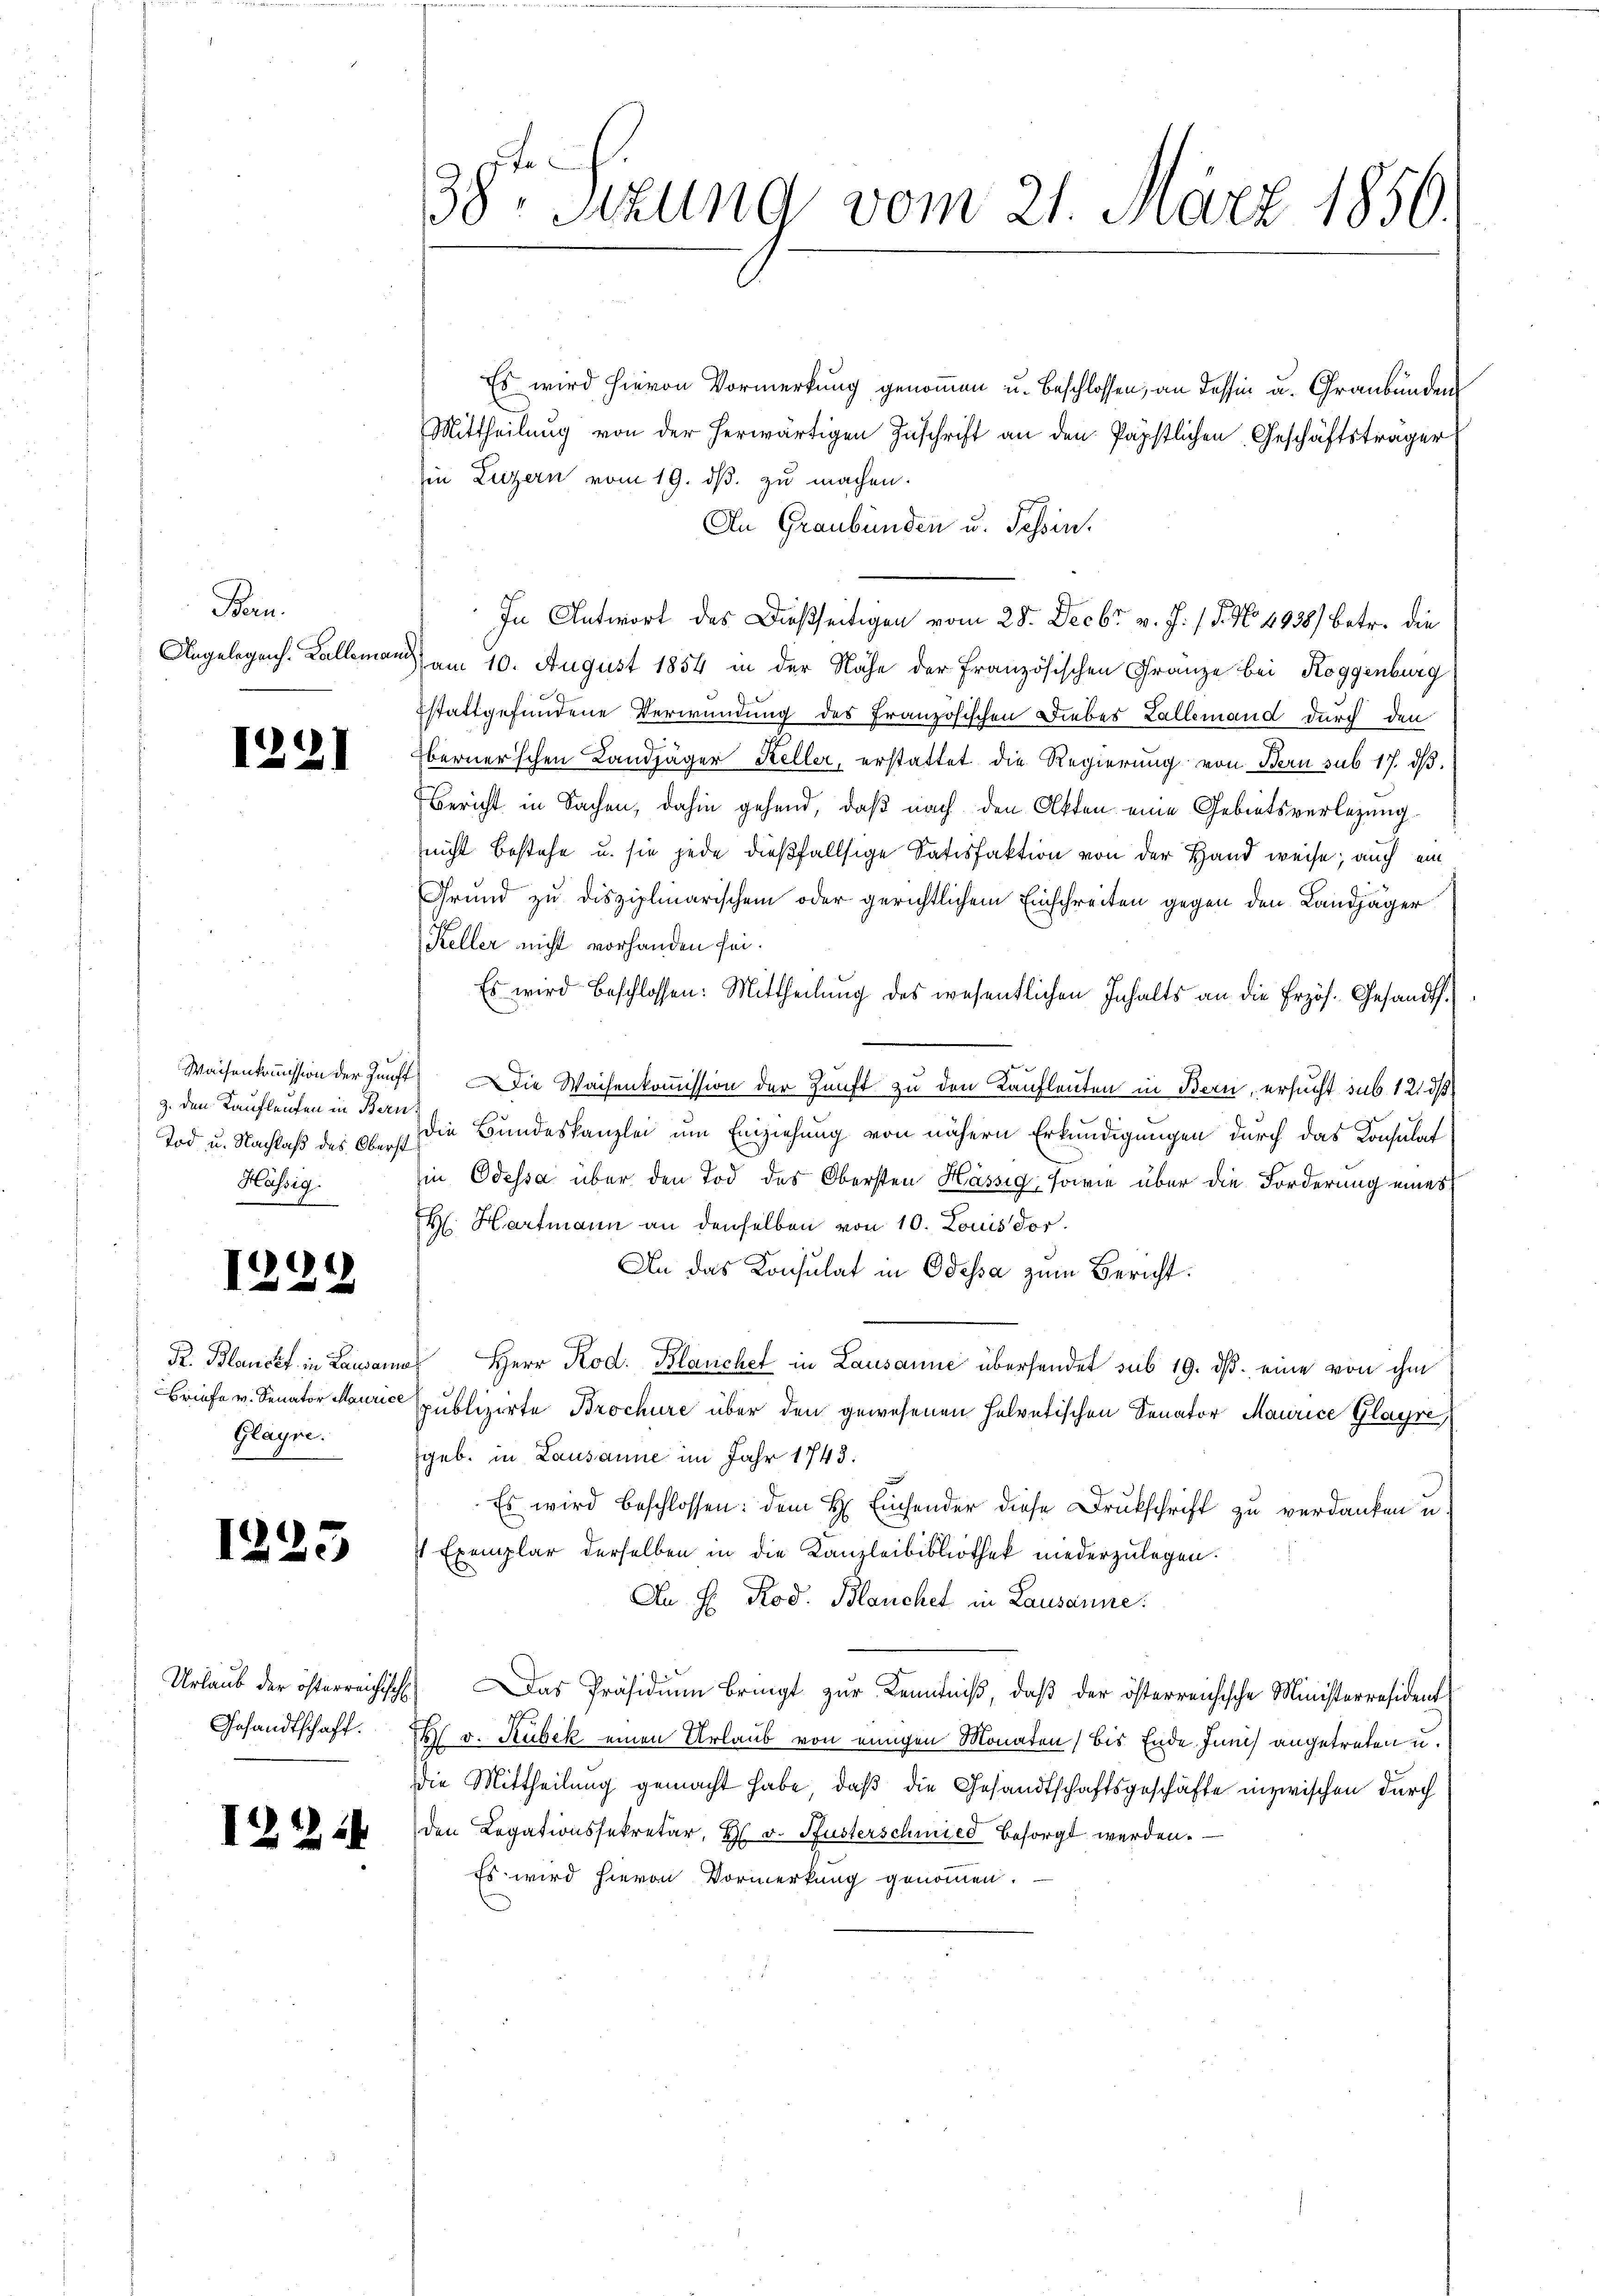
Bern.

e
2

1

1231

z. den Kauflaufen in Bern
Tod u. Nachlaß des Oberst
Hässig.

Briefe v. Senator Mauri
Glayre.

23

Gesandtschaft.

1224

Es wird hievon Vormerkung genommen u. beschlossen, an dessin u. Graubünden
Mittheilung von der herwärtigen Zuschrift an den Papstlichen Geschäftsträger
Ein Luzern vom 19. ds. zu machen.
An Graubünden u. Tessin.
In Antwort des Dießseitigen vom 28. Decbr v. J. / 5. No. 4838) betr. die
Angelegen. Kallemann am 10. August 1854 in der Nähe der Französischen Gränze bei Roggenburg
Estattgefundene Verwundung des Französischen Liebes Lallemand durch den
berner’schen Landjäger Keller, erstattet die Regierung von Bern sub 17. dβ.
Bericht in Sachen, dahin gehend, daß nach den Akten eine Gebietsverlegung
(nicht bestehe u. sie jede dießfallsige Satisfaktion von der Hand weise; auch ein
Grund zu disziplinarischem oder gerichtlichem Einschreiten gegen den Landjäger
Keller nicht vorhanden sei.
Es wird beschlossen: Mittheilung des wesentlichen Inhalts an die Erzös. Gesandt.
Waisenkommission der Zunft Die Wachenkommission der Zunft zu den Kaufleuten in Bern, ersucht sub. 121 d
Die Bundeskanzlei um Einziehung von nähern Erkundigungen durch das Konsulat
in Odessa über den Tod des Obersten Hässig, sowie über die Forderung eines
H. Hartmann an denselben von 10. Louis dor
An das Konsulat in Odessa zum Bericht.
R. Blanckt in Lausame Herr Rod. Blanchel in Lausanne übersendet sub 19. ds. eine von ihm
spublizirte Brochüre über den gewesenen Helvetischen Senator Maurice Glayre
geb. in Lausanne im Jahr 1743.
Es wird beschlossen: dem H. Einsender diese Drukschrift zu verdanken u
s Exemplar derselben in die Kanzleibibliothek niederzulegen.
An H. Rod. Blanchel in Lausanne.
Urlaub der österreichisch) Das Präsidium bringt zur Kenntniß, daß der österreichische Ministerresident
H v. Rubek einen Urlaub von einigen Monaten, bis Ende Junis angetreten u.
Die Mittheilung gemacht habe, daß die Gesandtschaftsgeschäfte inzwischen durch
den Legationssekretär, H. v. Susterschmied besorgt werden.
Es wird hievon Vormerkung genommen.

38. Sizung vom 21. März 1850.